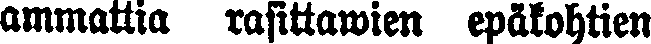
ammattia rasittawien epäkohtien